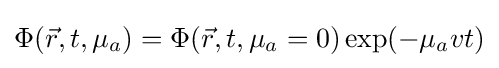
\Phi ({\vec {r}},t,\mu _{a})=\Phi ({\vec {r}},t,\mu _{a}=0)\exp(-\mu _{a}vt)